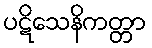
ပဋိသေနိကတ္တာ